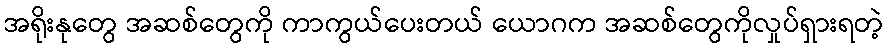
အရိုးနုတွေ အဆစ်တွေကို ကာကွယ်ပေးတယ် ယောဂက အဆစ်တွေကိုလှုပ်ရှားရတဲ့